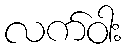
လက်ဝါး